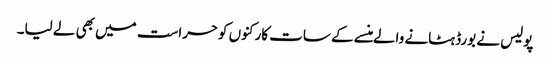
پولیس نے بورڈ ہٹانے والے منسے کے سات کارکنوں کوحراست میں بھی لے لیا۔